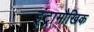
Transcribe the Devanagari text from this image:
इंट्रामौखिक